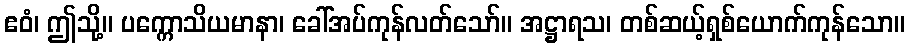
ဧဝံ၊ ဤသို့။ ပက္ကောသိယမာနာ၊ ခေါ်အပ်ကုန်လတ်သော်။ အဋ္ဌာရသ၊ တစ်ဆယ့်ရှစ်ယောက်ကုန်သော။